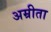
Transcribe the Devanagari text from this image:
अम्रीता